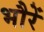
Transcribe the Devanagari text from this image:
भौरें